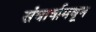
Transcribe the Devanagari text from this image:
संघार्षामधून